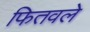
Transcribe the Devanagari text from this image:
फितवले